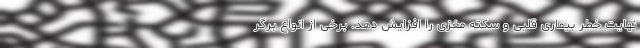
نهایت خطر بیماری قلبی و سکته مغزی را افزایش دهد. برخی از انواع برگر